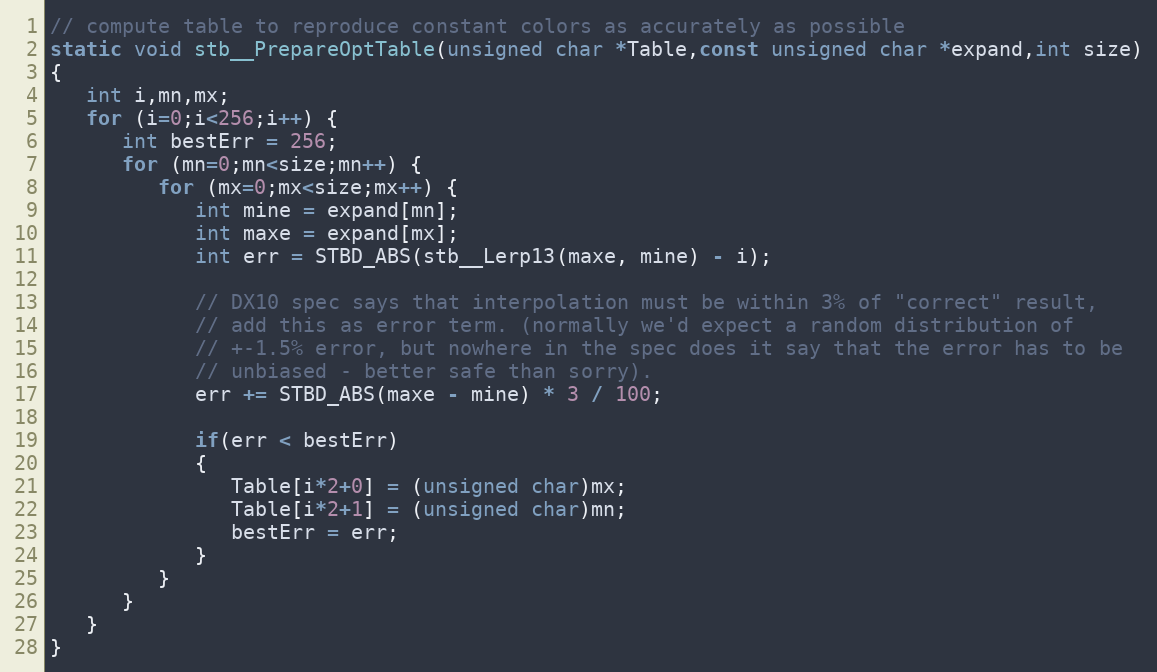
Language: C
// compute table to reproduce constant colors as accurately as possible
static void stb__PrepareOptTable(unsigned char *Table,const unsigned char *expand,int size)
{
   int i,mn,mx;
   for (i=0;i<256;i++) {
      int bestErr = 256;
      for (mn=0;mn<size;mn++) {
         for (mx=0;mx<size;mx++) {
            int mine = expand[mn];
            int maxe = expand[mx];
            int err = STBD_ABS(stb__Lerp13(maxe, mine) - i);

            // DX10 spec says that interpolation must be within 3% of "correct" result,
            // add this as error term. (normally we'd expect a random distribution of
            // +-1.5% error, but nowhere in the spec does it say that the error has to be
            // unbiased - better safe than sorry).
            err += STBD_ABS(maxe - mine) * 3 / 100;

            if(err < bestErr)
            {
               Table[i*2+0] = (unsigned char)mx;
               Table[i*2+1] = (unsigned char)mn;
               bestErr = err;
            }
         }
      }
   }
}